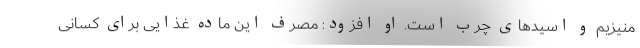
منیزیم و اسید‌های چرب است. او افزود: مصرف این ماده غذایی برای کسانی